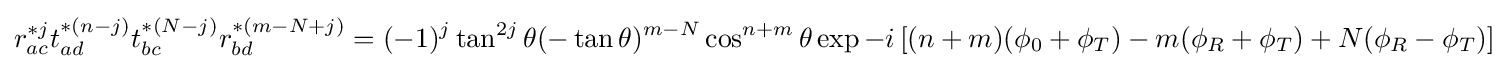
r_{ac}^{\ast j}t_{ad}^{\ast (n-j)}t_{bc}^{\ast (N-j)}r_{bd}^{\ast (m-N+j)}=(-1)^{j}\tan ^{2j}\theta (-\tan \theta )^{m-N}\cos ^{n+m}\theta \exp -i\left[(n+m)(\phi _{0}+\phi _{T})-m(\phi _{R}+\phi _{T})+N(\phi _{R}-\phi _{T})\right]